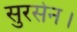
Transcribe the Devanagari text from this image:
सुरसेन।